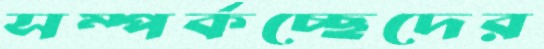
সম্পর্কচ্ছেদের